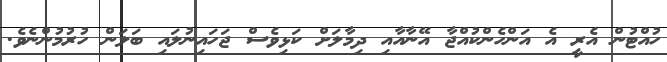
ހުއްޓުން އެރީ އެ އަންހެންކުއްޖާ އޭނާއާއި ދިމާލަށް ކަޅިވެސް ޖަހައިނުލައި ބަލަން ހުރުމުންނެވެ.